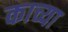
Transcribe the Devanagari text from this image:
काच्या